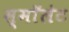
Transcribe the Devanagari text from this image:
स्माॅलेट